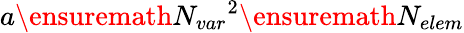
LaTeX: a\ensuremath{N_{var}}^{2}\ensuremath{N_{elem}}